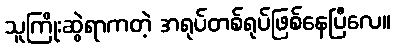
သူကြိုးဆွဲရာကတဲ့ အရုပ်တစ်ရုပ်ဖြစ်နေပြီလေ။